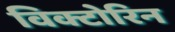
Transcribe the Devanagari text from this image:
विक्टोरिन